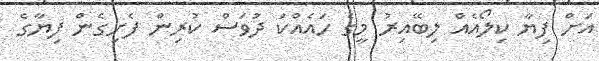
އަށް ފިޔާ ކިލޯއެއް ލިބޭއިރު މީގެ ހައެއްކަ ދުވަސް ކުރިން ފެށިިގެން ފިޔާގެ